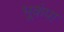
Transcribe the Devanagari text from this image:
भूकंपा